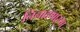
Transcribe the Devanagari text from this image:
निनादणाऱ्या